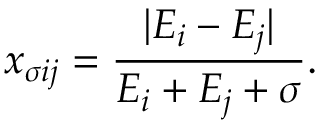
x _ { \sigma i j } = { \frac { | E _ { i } - E _ { j } | } { E _ { i } + E _ { j } + \sigma } } .